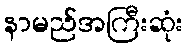
နာမည်အကြီးဆုံး